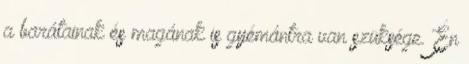
a barátainak és magának is gyémántra van szüksége. Én